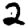
Digit: 2